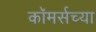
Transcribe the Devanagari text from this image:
कॉमर्सच्या